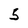
Character: 5